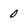
Character: 0